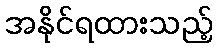
အနိုင်ရထားသည့်